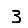
Digit: 3